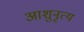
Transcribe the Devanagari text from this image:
आशुनृत्य